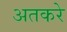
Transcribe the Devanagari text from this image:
अतकरे